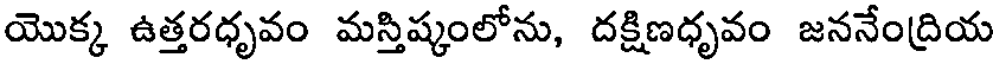
యొక్క ఉత్తరధృవం మస్తిష్కంలోను, దక్షిణధృవం జననేంద్రియ